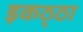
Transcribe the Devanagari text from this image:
इकठ्‌ठा